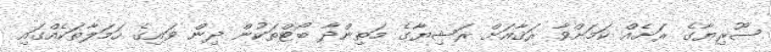
ސޫރިޔާގެ ރަށެއް ކަމަށްވާ ރަޤާއަށް ރަޝިޔާގެ މަތިންދާ ބޯޓްތަކުން ދިން ވައިގެ ހަމަލާތަކެއްގައި